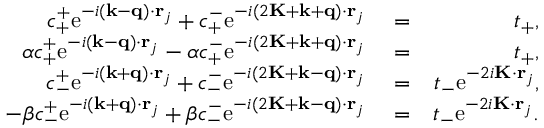
\begin{array} { r l r } { c _ { + } ^ { + } \mathrm { e } ^ { - i ( \mathbf { k } - \mathbf { q } ) \cdot \mathbf { r } _ { j } } + c _ { + } ^ { - } \mathrm { e } ^ { - i ( 2 \mathbf { K } + \mathbf { k } + \mathbf { q } ) \cdot \mathbf { r } _ { j } } } & { { } = } & { t _ { + } , } \\ { \alpha c _ { + } ^ { + } \mathrm { e } ^ { - i ( \mathbf { k } - \mathbf { q } ) \cdot \mathbf { r } _ { j } } - \alpha c _ { + } ^ { - } \mathrm { e } ^ { - i ( 2 \mathbf { K } + \mathbf { k } + \mathbf { q } ) \cdot \mathbf { r } _ { j } } } & { { } = } & { t _ { + } , } \\ { c _ { - } ^ { + } \mathrm { e } ^ { - i ( \mathbf { k } + \mathbf { q } ) \cdot \mathbf { r } _ { j } } + c _ { - } ^ { - } \mathrm { e } ^ { - i ( 2 \mathbf { K } + \mathbf { k } - \mathbf { q } ) \cdot \mathbf { r } _ { j } } } & { { } = } & { t _ { - } \mathrm { e } ^ { - 2 i \mathbf { K } \cdot \mathbf { r } _ { j } } , } \\ { - \beta c _ { - } ^ { + } \mathrm { e } ^ { - i ( \mathbf { k } + \mathbf { q } ) \cdot \mathbf { r } _ { j } } + \beta c _ { - } ^ { - } \mathrm { e } ^ { - i ( 2 \mathbf { K } + \mathbf { k } - \mathbf { q } ) \cdot \mathbf { r } _ { j } } } & { { } = } & { t _ { - } \mathrm { e } ^ { - 2 i \mathbf { K } \cdot \mathbf { r } _ { j } } . } \end{array}